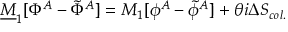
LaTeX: { \underline { { M } } } _ { 1 } [ \Phi ^ { A } - \tilde { \Phi } ^ { A } ] = M _ { 1 } [ \phi ^ { A } - \tilde { \phi } ^ { A } ] + \theta i \Delta S _ { c o l . }